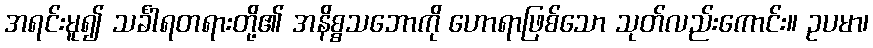
အရင်းမူ၍ သင်္ခါရတရားတို့၏ အနိစ္စသဘောကို ဟောရာဖြစ်သော သုတ်လည်းကောင်း။ ဥပမာ၊